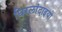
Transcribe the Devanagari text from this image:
घिरलांदाइयो